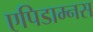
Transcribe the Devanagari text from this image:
एपिडाम्नस